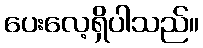
ပေးလေ့ရှိပါသည်။